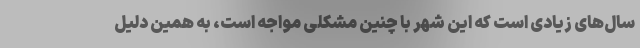
سال‌های زیادی است که این شهر با چنین مشکلی مواجه است، به همین دلیل